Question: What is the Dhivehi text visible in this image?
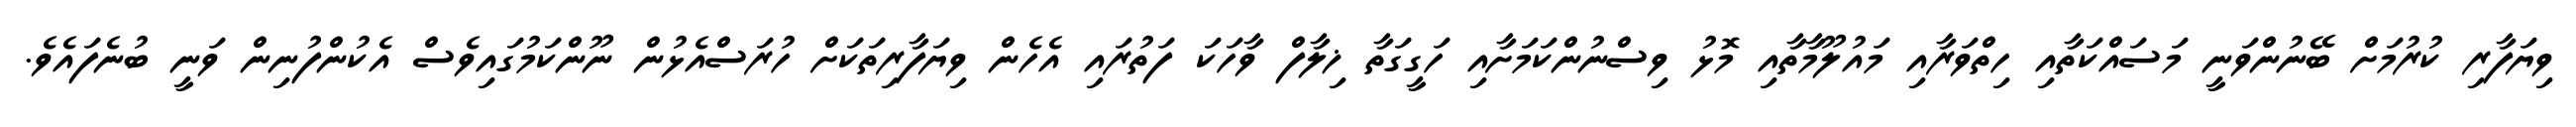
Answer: ވިޔަފާރި ކުރުމަށް ބޭނުންވަނީ މަސައްކަތާއި ހިތްވަރާއި މައުލޫމާތާއި މޮޅު ވިސްނުންކަމަށާއި ހަގީގަތާ ޚިލާފް ވާހަކަ ފަތުރައި އެހެން ވިޔަފާރިތަކަށް ހުރަސްއެޅުން ނޫންކަމުގައިވެސް އެކުންފުނިން ވަނީ ބުނެފައެވެ.